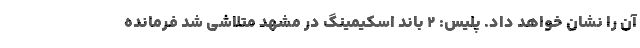
آن را نشان خواهد داد. پلیس: ۲ باند اسکیمینگ در مشهد متلاشی شد فرمانده